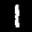
Label: 1